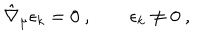
\hat { \nabla } _ { \mu } \epsilon _ { k } = 0 \ , \qquad \epsilon _ { k } \neq 0 \ ,